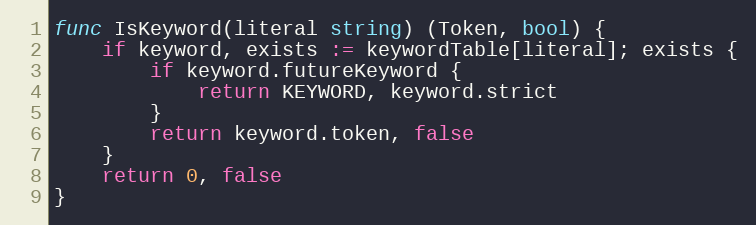
Language: Go
func IsKeyword(literal string) (Token, bool) {
	if keyword, exists := keywordTable[literal]; exists {
		if keyword.futureKeyword {
			return KEYWORD, keyword.strict
		}
		return keyword.token, false
	}
	return 0, false
}